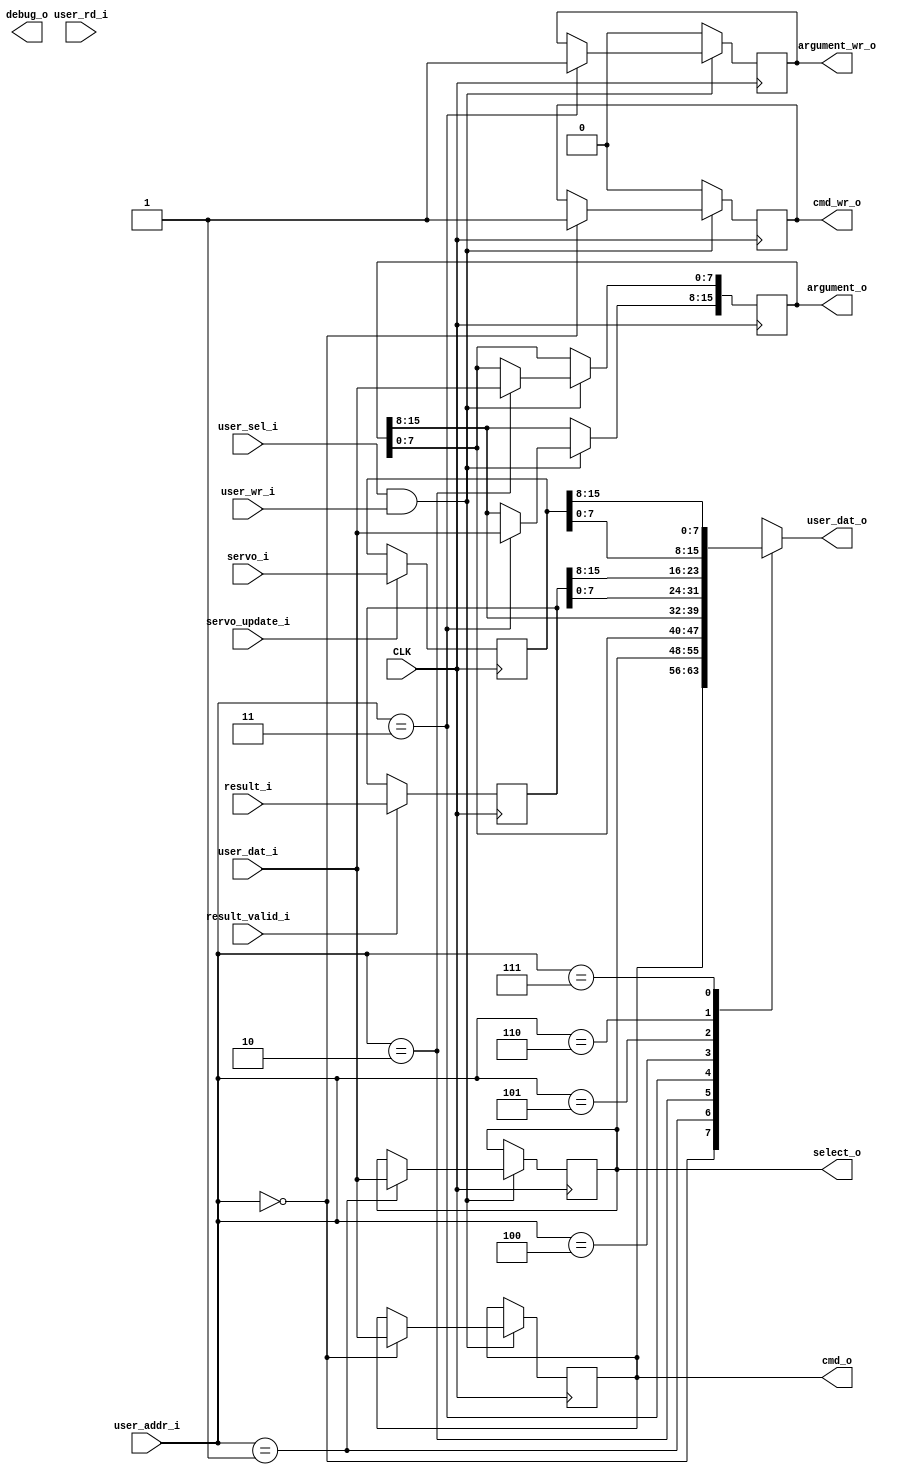
`timescale 1ns / 1ps
module RITC_phase_scanner_interface_v2(
		input CLK,
		input user_sel_i,
		input [2:0] user_addr_i,
		input [7:0] user_dat_i,
		output [7:0] user_dat_o,
		input user_wr_i,
		input user_rd_i,

		output [7:0] select_o,
		output [7:0] cmd_o,
		output cmd_wr_o,
		output [15:0] argument_o,
		output argument_wr_o,
		input [15:0] result_i,
		input result_valid_i,
		input [15:0] servo_i,
		input servo_update_i,
		output [2:0] debug_o
    );

	reg [7:0] select = {8{1'b0}};
	reg [7:0] cmd = {8{1'b0}};
	reg cmd_wr = 0;
	reg [15:0] argument = {16{1'b0}};
	reg argument_wr = 0;
	reg [15:0] result = {16{1'b0}};
	reg [15:0] servo = {16{1'b0}};
	
	always @(posedge CLK) begin
		if (result_valid_i) begin
			result <= result_i;
		end
		if (servo_update_i) begin
			servo <= servo_i;
		end
	end
	
	always @(posedge CLK) begin
		if (user_sel_i && user_wr_i) begin
			if (user_addr_i == 3'd0) begin 
				cmd <= user_dat_i;
				cmd_wr <= 1;
			end
			if (user_addr_i == 3'd1) begin
				select <= user_dat_i;
			end
			if (user_addr_i == 3'd2) begin
				argument[7:0] <= user_dat_i;
			end
			if (user_addr_i == 3'd3) begin
				argument[15:8] <= user_dat_i;
				argument_wr <= 1;
			end
		end else begin
			cmd_wr <= 0;
			argument_wr <= 0;
		end
	end	
	reg [7:0] data_out;
	always @(*) begin
		case (user_addr_i)
			3'd0: data_out <= cmd;
			3'd1: data_out <= select;
			3'd2: data_out <= argument[7:0];
			3'd3: data_out <= argument[15:8];
			3'd4: data_out <= result[7:0];
			3'd5: data_out <= result[15:8];
			3'd6: data_out <= servo[7:0];
			3'd7: data_out <= servo[15:8];
		endcase
	end
	
	assign cmd_o = cmd;
	assign cmd_wr_o = cmd_wr;
	assign argument_o = argument;
	assign argument_wr_o = argument_wr;
	assign select_o = select;
	assign user_dat_o = data_out;
	
endmodule